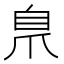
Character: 𮍕